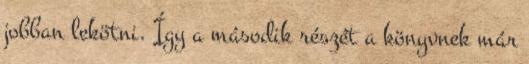
jobban lekötni. Így a második részét a könyvnek már